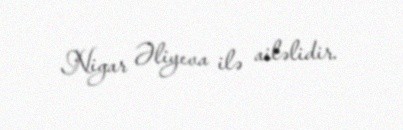
Nigar Əliyeva ilə ailəlidir.